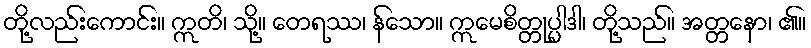
တို့လည်းကောင်း။ ဣတိ၊ သို့။ တေရဿ၊ န်သော။ ဣမေစိတ္တုပ္ပါဒါ၊ တို့သည်။ အတ္တနော၊ ၏။